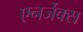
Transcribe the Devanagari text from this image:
एनर्जेक्स